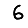
Digit: 6